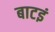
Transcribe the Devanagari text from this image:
बाटइं